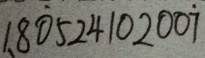
1 、 8 \dot { 0 } 5 2 4 1 0 2 0 0 \dot { 7 }